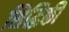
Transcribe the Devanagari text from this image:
सिद्धिकी